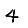
Digit: 4